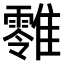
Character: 𩁎